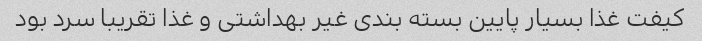
کیفت غذا بسیار پایین بسته بندی غیر بهداشتی و غذا تقریبا سرد بود